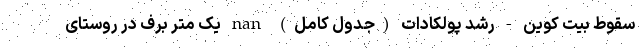
سقوط بیت کوین - رشد پولکادات (جدول کامل) nan یک متر برف در روستای